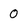
Character: 0